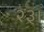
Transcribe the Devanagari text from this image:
२३।